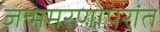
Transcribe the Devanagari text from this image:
जन्ममरणोपरांत